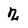
Character: 2